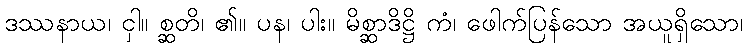
ဒဿနာယ၊ ငှါ။ စ္ဆတိ၊ ၏။ ပန၊ ပါး။ မိစ္ဆာဒိဋ္ဌိ ကံ၊ ဖေါက်ပြန်သော အယူရှိသော၊